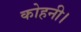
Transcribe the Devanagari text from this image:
कोहनी।